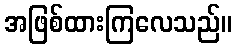
အဖြစ်ထားကြလေသည်။